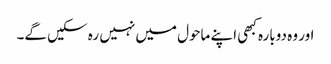
اور وہ دوبارہ کبھی اپنے ماحول میں نہیں رہ سکیں گے۔